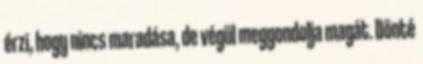
érzi, hogy nincs maradása, de végül meggondolja magát. Dönté